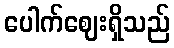
ပေါက်ဈေးရှိသည်